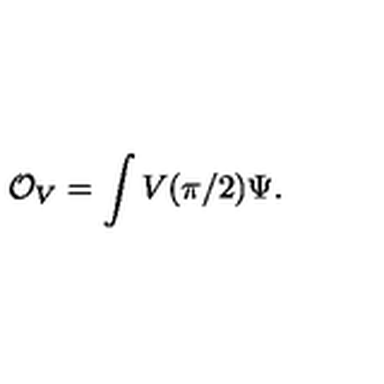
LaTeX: \mathcal { O } _ { V } = \int V ( \pi / 2 ) \Psi .